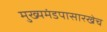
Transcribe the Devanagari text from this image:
मुख्यमंडपासारखेच